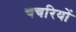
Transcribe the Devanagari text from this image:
चचरियों